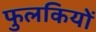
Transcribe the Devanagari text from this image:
फुलकियों